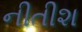
નીતીશ